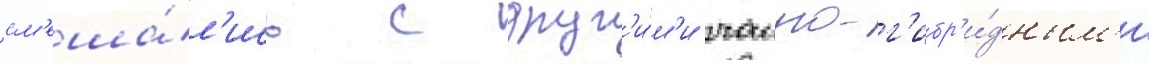
см'еша́л'ись с друг'и́м'и чаино-г'ибр'и́дным'и